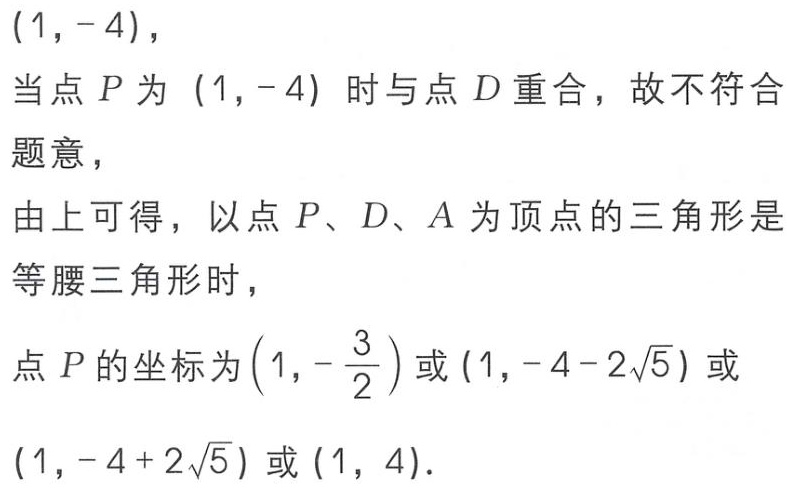
$(1,-4),$

当点 \(P\) 为 \((1,-4)\) 时与点 \(D\) 重合，故不符合

题意，

由上可得，以点 \(P、D、A\) 为顶点的三角形是

等腰三角形时，

点 \(P\) 的坐标为\(\left(1,-\dfrac{3}{2}\right)\)或\((1,-4 - 2\sqrt{5})\)或

\((1,-4 + 2\sqrt{5})\)或\((1,4)\).